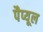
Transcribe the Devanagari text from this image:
पैप्यूल